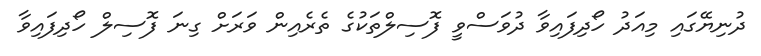
ދުނިޔޭގައި މިއަދު ހޯދިފައިވާ ދުވަސްވީ ފޮސިލްތަކުގެ ތެރެއިން ވަރަށް ގިނަ ފޮސިލް ހޯދިފައިވާ